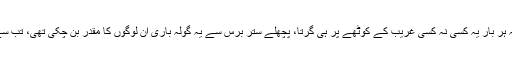
نہ جانے ان گولوں پر جدید ٹیکنالوجی کا استعمال کر کے کوئی چِپ یا خْفیہ کیمرہ نصب کیا گیا تھا کہ ہر بار یہ کسی نہ کسی غریب کے کوٹھے پر ہی گرتا، پچھلے ستر برس سے یہ گولہ باری ان لوگوں کا مقدر بن چکی تھی، تب سے ہی ان لوگوں کی مانگ رہی کہ یہاں کے لوگوں کی حفاظت کے لئے زمین دوز بینکر بنائے جائیں۔